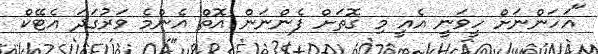
"އަހަންނަށް ހީވަނީ އެއީ މި ގޮތަށް ފެންނަން އޮތް އެންމެ ވަރުގަދަ އެޓޭކް